Leaving Certificate Examination, 1919
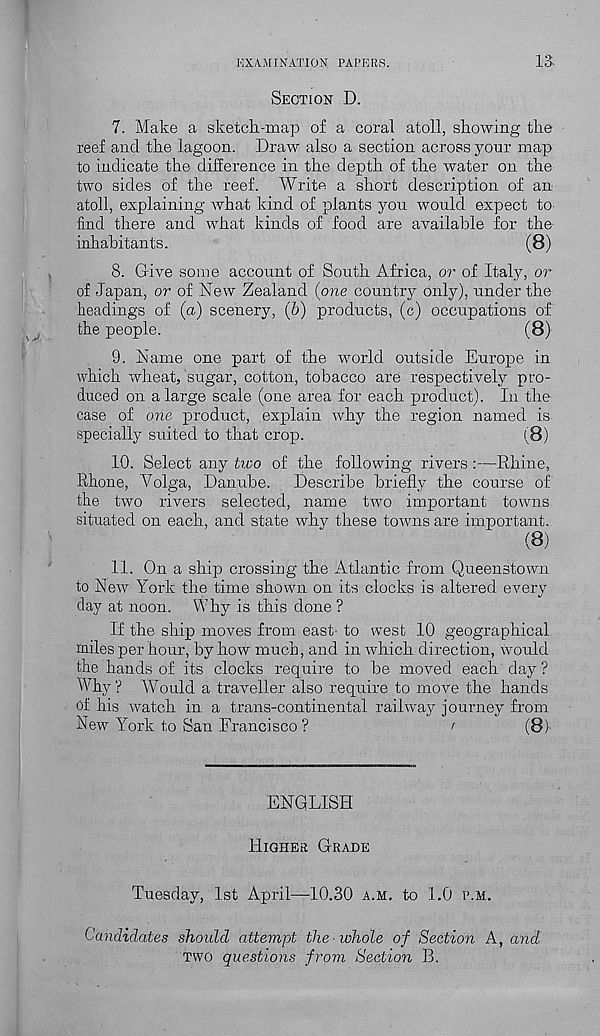
EXAMINATION PAPERS.
13-
SECTION D.
7. Make a sketch-map of a coral atoll, showing the
reef and the lagoon. Draw also a section across your map
to indicate the difference in the depth of the water on the
two sides of the reef. Write a short description of an
atoll, explaining what kind of plants you would expect to
find there and what kinds of food are available for the
inhabitants.
(8)
8. Give some account of South Africa, or of Itafy, or
of Japan, or of New Zealand {one country only), under the
headings of (a) scenery, (6) products, (c) occupations of
the people.
(8)
9. Name one part of the world outside Europe in
which wheat, sugar, cotton, tobacco are respectively pro-
duced on a large scale (one area for each product). In the
case of one product, explain why the region named is
specially suited to that crop.
( v 8)
10. Select any tivo of the following rivers :—Rhine,
Rhone, Volga, Danube. Describe briefly the course of
the two rivers selected, name two important towns
situated on each, and state why these towns are important.
(8)
11. On a ship crossing the Atlantic from Queenstown
to New York the time shown on its clocks is altered every
day at noon. Why is this done ?
If the ship moves from east to west 10 geographical
miles per hour, by how much, and in which direction, would
the hands of its clocks require to be moved each day?
Why ? Would a traveller also require to move the hands
of his watch in a trans-continental railway journey from
New York to San Francisco ?
'
(8/
ENGLISH
HIGHER GRADE
Tuesday, 1st April—10.30 A.M. to 1.0 P.M.
Candidates should attempt the whole of Section A, and
Two questions from Section B.